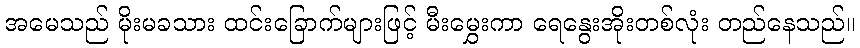
အမေသည် မိုးမခသား ထင်းခြောက်များဖြင့် မီးမွှေးကာ ရေနွေးအိုးတစ်လုံး တည်နေသည်။